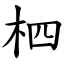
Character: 柶